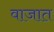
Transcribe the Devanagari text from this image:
वाजात